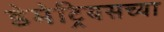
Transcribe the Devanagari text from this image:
डेमेट्रियसच्या